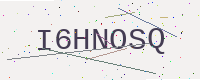
Text: I6HNOSQ